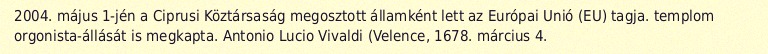
2004. május 1-jén a Ciprusi Köztársaság megosztott államként lett az Európai Unió (EU) tagja. templom orgonista-állását is megkapta. Antonio Lucio Vivaldi (Velence, 1678. március 4.